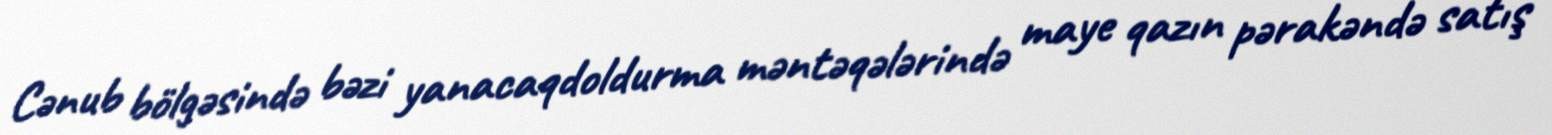
Cənub bölgəsində bəzi yanacaqdoldurma məntəqələrində maye qazın pərakəndə satış